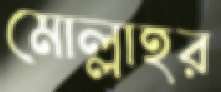
মোল্লাহর